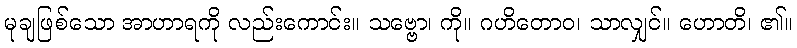
မုချဖြစ်သော အာဟာရကို လည်းကောင်း။ သဗ္ဗော၊ ကို။ ဂဟိတောဝ၊ သာလျှင်။ ဟောတိ၊ ၏။